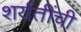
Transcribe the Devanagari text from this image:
शर्यतींची